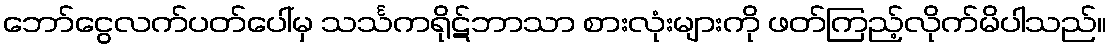
ဘော်ငွေလက်ပတ်ပေါ်မှ သင်္သကရိုဋ်ဘာသာ စားလုံးများကို ဖတ်ကြည့်လိုက်မိပါသည်။